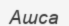
Ашса